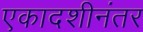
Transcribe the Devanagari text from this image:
एकादशीनंतर